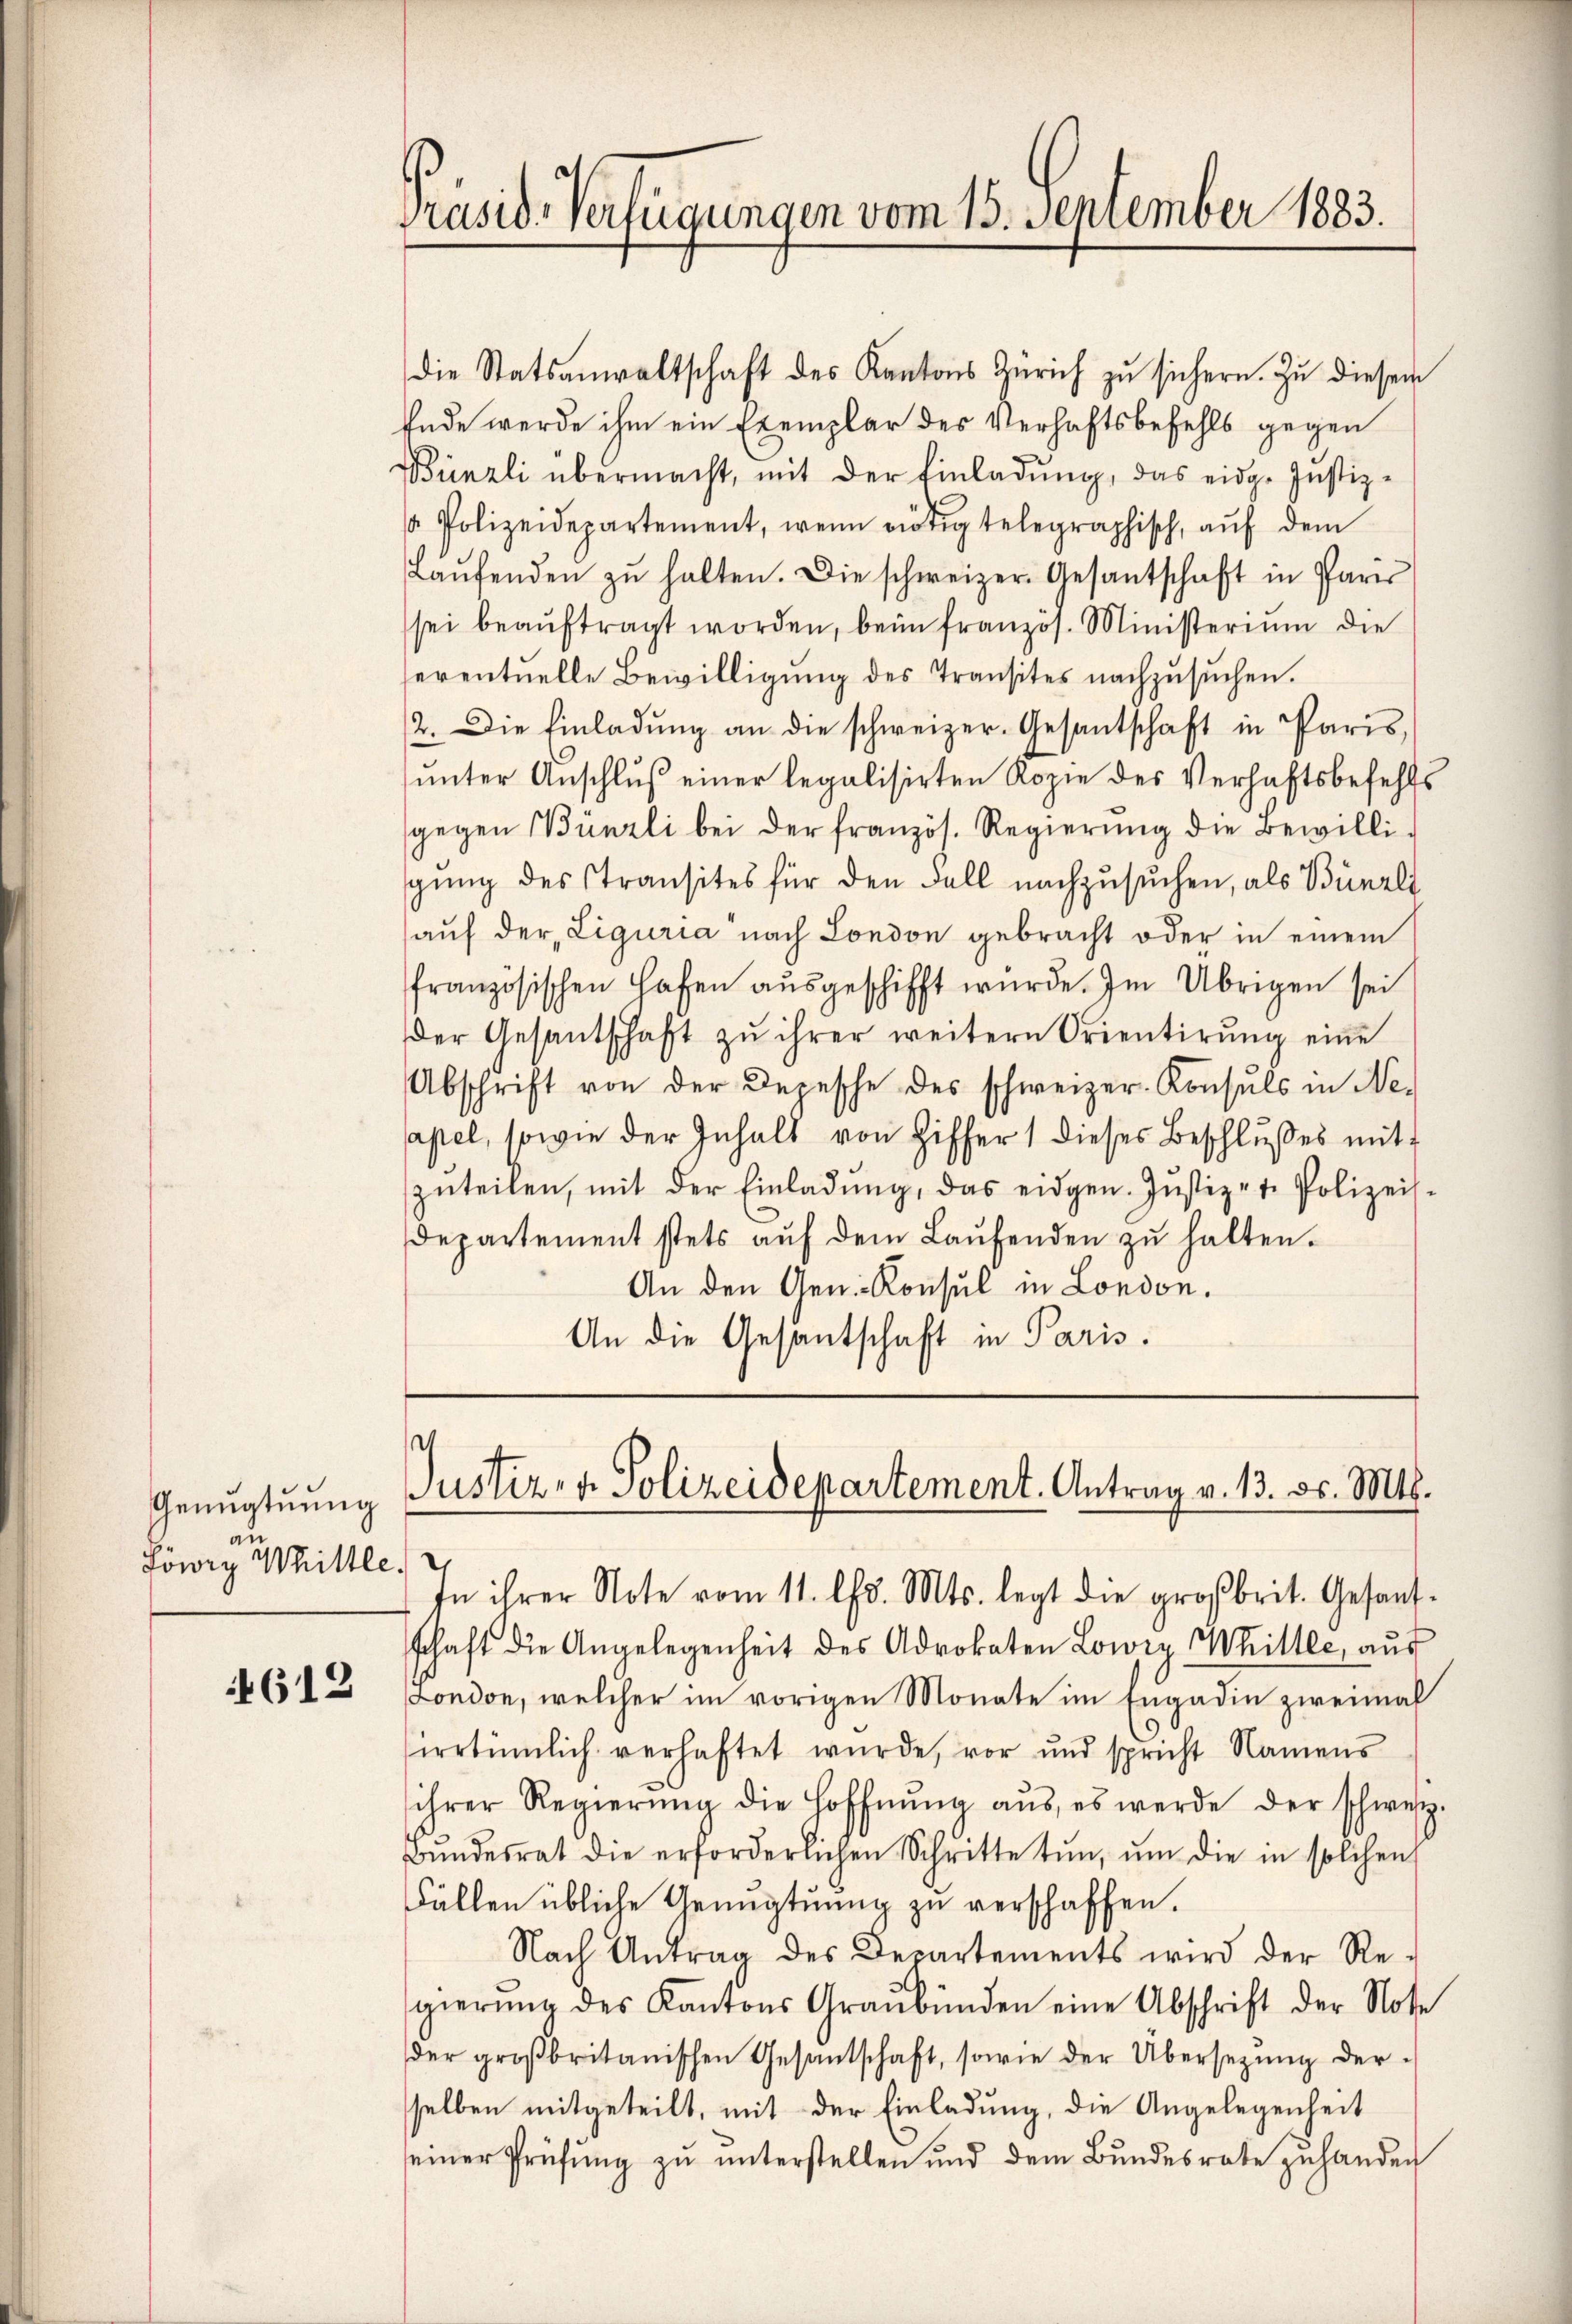
Genugtuung
Löwig Mittle

4612

Präsid. Verfügungen vom 15. September 1883.

die Statsanwaltschaft des Kantons Zürich zŭ sichern. Zu diesem
Ende werde ihm ein Exemplar des Verhaftsbefehls gegen
Bünzli übermacht, mit der Einladŭng, das eidg. Justiz-
 Polizeidepartement, wenn nötig telegraphisch, aŭf dem
Laŭfenden zŭ halten. Die schweizer Gesantschaft in Pari
sei beaŭftragt worden, beim franzos. Ministerium die
eventuelle Bewilligung des Transtes nachzusuchen.
2. Die Einladŭng an die schweizer. Gesantschaft in Paris,
unter Anschluß einer legalisirten Rozie des Verhaftsbefehls
gegen Bünzli bei der französ. Regierŭng die Bewilli-
gŭng des Stransites für den Fall nachzŭsŭchen, als Bünzli
auf der Liguria nach London gebracht oder in einem
französischen Hafen aŭsgeschifft wurde. Im Übrigen sei
der Gesantschaft zŭ ihrer weitern Orientirŭng eine
Abschrift von der Depesche des schweizer. Konsuls in Ne-
apel, sowie der Inhalt von Ziffer 1 dieses Beschlusses mit
zŭteilen, mit der Einladŭng, das eidgen. Jŭstiz- u. Polizeis-
departement stets aŭf dem Laŭfenden zŭ halten.
An den Gen. Konsul in London.
An die Gesantschaft in Paris.

Justiz- & Polizeidepartement. Antrag v. 13. ds. Mts.

In ihrer Note vom 11. lfd. Mts. legt die großbrit. Gesandschaft die Angelegenheit des Advokaten Lowey Willer, aŭs
London, welcher im vorigen Monate im Engadin zweimal
sirrtümlich verhaftet wurde, vor und spricht Namens
ihrer Regierŭng die Hoffnŭng aŭs, es werde der schweiz.
Bŭndesrat die erforderlichen Schritte tŭn, ŭm die in solchen
Fällen übliche Genŭgtŭŭng zŭ verschaffen.
Nach Antrag des Departements wird der Re-
gierŭng des Kantons Graubünden eine Abschrift der Note
der groβbritanischen Gesantschaft, sowie der Übersetzŭng der-
selben mitgeteilt, mit der Einladung, die Angelegenheit
seiner Prüfŭng zŭ ŭnterstellen und dem Bŭndesrate zŭ handen